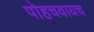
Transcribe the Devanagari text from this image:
पोहचवायच